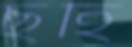
ছহি